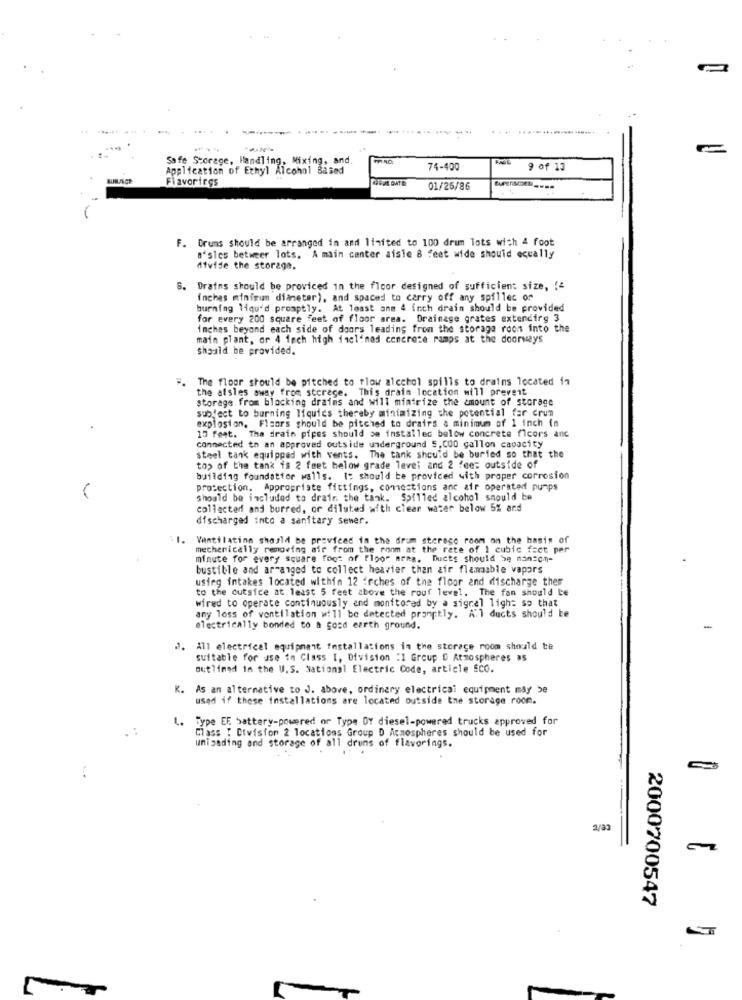
------.
----
Safe Storage, Handling, Mixing, and
Application of Ethyl Alcohol Based
74-400
9 of 13
Flavorings
01/26/86
F. Drums should be arranged in and limited to 100 drum lots wich 4 foot
a'sics betweer lots. A main center aisle 8 feet wide should equally
atvide the storage.
Drains should be proviced in the floor designed of sufficient size, {4
inches minimum diameter), and spaced to carry off any spilles or
burning liqu'd promptly. At least anm 4 inch drain should be provided
for every 200 square feet of floor area. Drainage grates extendirg 3
inches beyond each side of doors leading from the storage roon into the
main plant, or 4 1och high inclined concrete ramps at the doorways
should be provided.
The floor should be pitched to tlow alcchol spills to drains located in
the aisles away from sterege. This drain location will prevent
storage from blocking draims and will mintrize the amount of storage
subject to burning liquids thereby minimizing the potential far crum
explosion. Flsors should be pitched to drairs a minimum of 1 inch in
17 feat. The drain pipes should se installed below concrete ficors anc
connected to an approved outside underground 5, CO0 gallon capacity
steel tank equipped with vents. The tank should be buried so that the
to> of the tank is 2 feet below grade level and 2 fees outside of
building foundation walls. It should be provided with proper corrosion
protection. Appropriate fittings, connections anc air operated pumps
Should be included to drain the tank. Spilled alcohol should be
collected and borred, or diluted with clear water below 5% and
discharged into a sanitary sewer.
: 1. Ventilation should be provided in the drum sterase room on the basis of
mechanically removing air from the room at the rete of 1 cubic fact per
minute for every square foot of floor area, Ducts should be man=cm-
bustible and arranged to collect heavier than air flammable vapors
usieg intakes located within 12 inches of the floor and discharge ther
to the cutsice at least 5 feet above the roof level. The fan should be
wired to operate continuously and monitored by a signal light so that
any loss of ventilation will be detected promptly. A'l ducts should be
electrically bonded to a good earth ground.
J. All electrical equipment installations in the storage room should te
suitable for use in Class I, Division :1 Group D Atmospheres as
outlined in the U. S. National Electric Code, article ECO.
K. As an alternative to J. above, ordinary electrical equipment may be
used if these installations are located outside the storage room.
L. Type EF battery-powered or Type DY diesel-powered trucks approved for
Class [ Division 2 locations Group D Atmospheres should be used for
unigading and storage of all drums of flavorings.
a/a3
2000700547